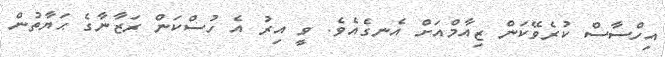
އިހްސާސް ކުރެވޭކަން ޒިއާމްއަށް އެނގެއެވެ. ވީ އިރު އެ ހުސްކަން ރަޒާނާގެ ޙަޔާތުން